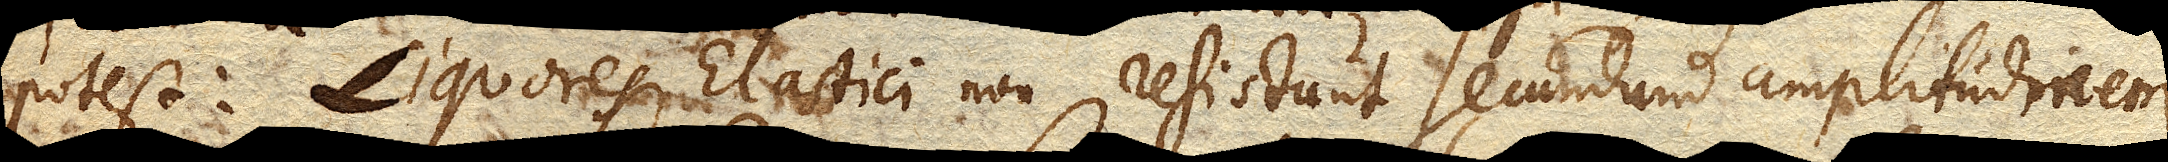
potest : Liquores Elastici non resistunt secundum amplitudinem